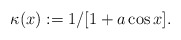
\begin{align*}\kappa(x):=1/[1+a\cos x].\end{align*}